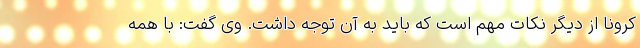
کرونا از دیگر نکات مهم است که باید به آن توجه داشت. وی گفت: با همه